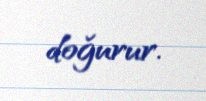
doğurur.